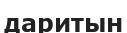
даритын